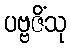
ပဗ္ဗဇိံသု